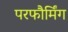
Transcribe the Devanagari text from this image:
परफौर्मिंग